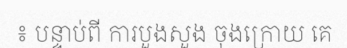
៖ បន្ទាប់ពី ការបួងសួង ចុងក្រោយ គេ